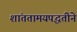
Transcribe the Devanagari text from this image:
शांततामयपद्धतीने